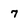
Character: 7